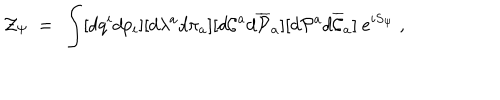
{ \cal Z } _ { \Psi } ~ = ~ \int [ d q ^ { i } d p _ { i } ] [ d \lambda ^ { a } d \pi _ { a } ] [ d { \cal C } ^ { a } d { \overline { { { \cal P } } } } _ { a } ] [ d { \cal P } ^ { a } d { \overline { { { \cal C } } } } _ { a } ] ~ e ^ { i S _ { \Psi } } ~ ,